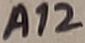
Text: A12